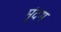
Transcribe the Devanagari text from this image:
मृंदग